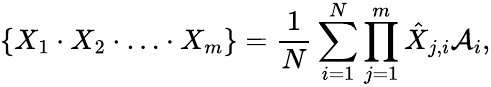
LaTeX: \{ X_{1}\cdot X_{2}\cdot\ldots\cdot X_{m}\} =\frac{1}{N}\sum_{i=1}^{N}\prod_{j=1}^{m}\hat{X}_{j,i}\mathcal{A}_{i},